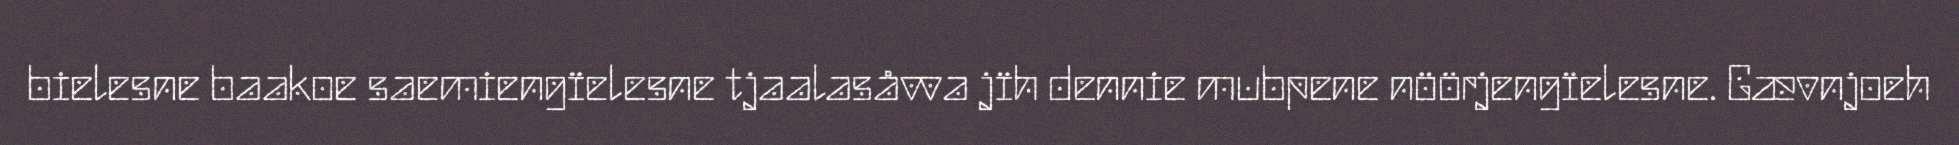
bielesne baakoe saemiengïelesne tjaalasåvva jïh dennie mubpene nöörjengïelesne. Gævnjoeh